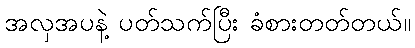
အလှအပနဲ့ ပတ်သက်ပြီး ခံစားတတ်တယ်။